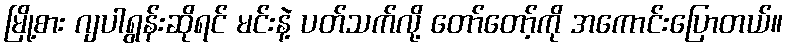
မြို့စား ဂျပါရွန်းဆိုရင် မင်းနဲ့ ပတ်သက်လို့ တော်တော့်ကို အကောင်းပြောတယ်။